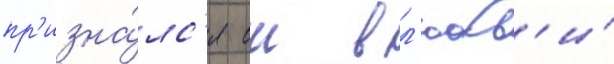
пр'изна́лс'я еи в л'юбв'и́